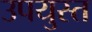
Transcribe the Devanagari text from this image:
उपयुस्त